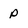
Character: P